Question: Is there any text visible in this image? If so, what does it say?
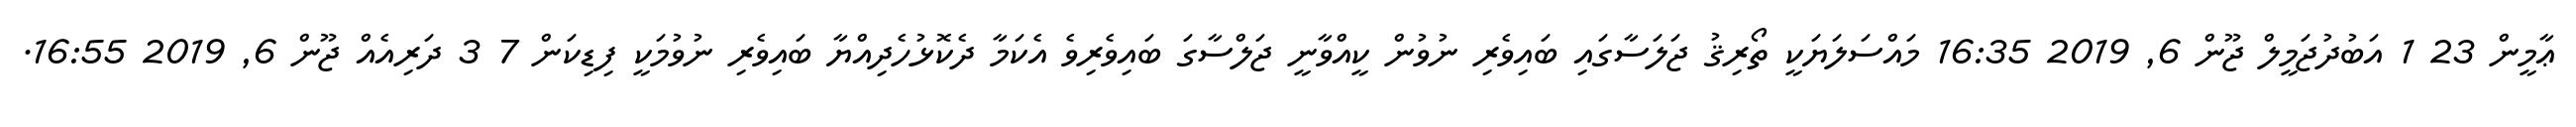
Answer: ޢާމީން 23 1 އަބުދުޖަމީލް ޖޫން 6, 2019 16:35 މައްސަލަޔަކީ ތޯރިޤު ޖަލަސާގައި ބައިވެރި ނުވުން ކީއްވާނީ ޖަލްސާގަ ބައިވެރިވެ އެކަމާ ދެކޮޅުހެދިއްޔާ ބައިވެރި ނުވުމަކީ ފިޑިކަން 7 3 ދަރިއެއް ޖޫން 6, 2019 16:55.